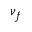
\nu _ { f }